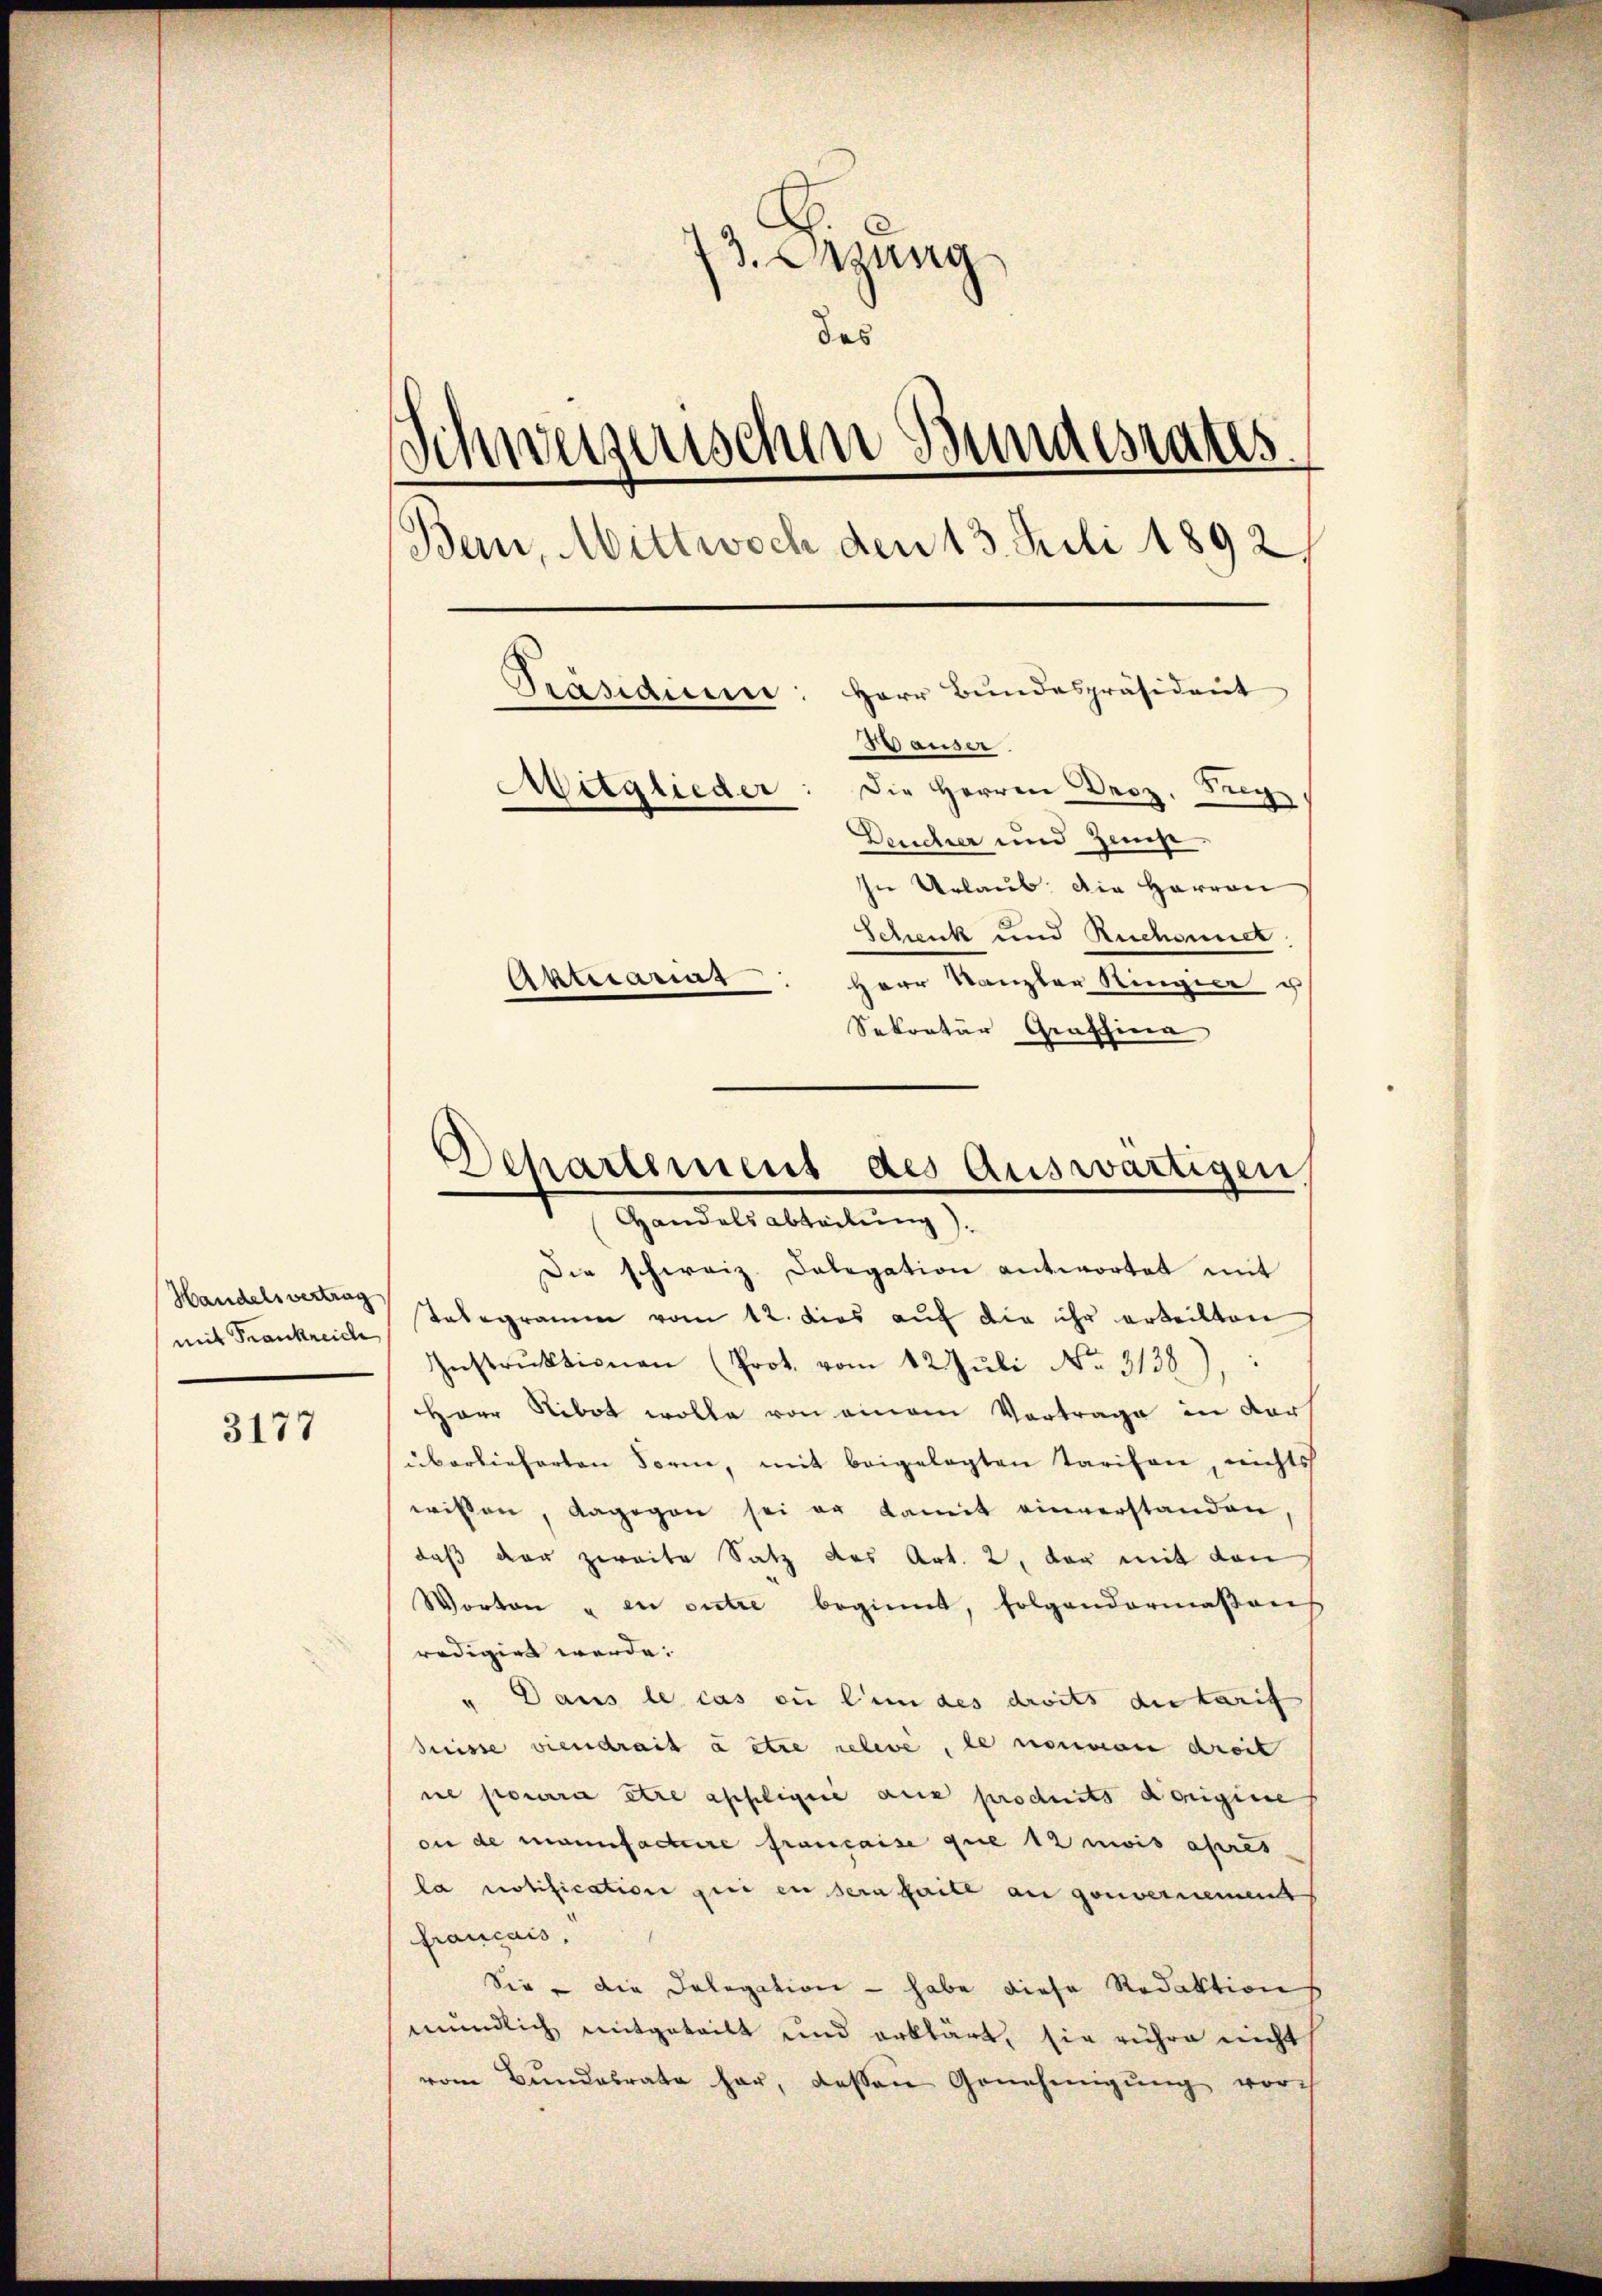
mit Frankreich

3177

73. ung
das
Schweizerischen Bundesrates
Ban, Mittwoch den 13. Juli 1892.
Herr Bundespräsident
Präsidium
Hauser.
Mitglieder: Die Herren Droz, Sug,
Deucher und Zeug
In Urlaub. Die Herren
Schenk und Ruchennet
Aktuariat
Herr Kanzler Ringier u

Sekretär Graffina
Departement des Auswärtigen

Handelsabteilung).
Die schweiz. Delegation antwortet mit

Handelsvertrag stelegramm vom 12. dies auf die ihr erteilten
Instrŭktionen (Prot. vom 12. Jŭli No. 3138),
Herr Nibot wolle von einem Vortrage in ders
überlieferten Form, mit beigelegten Tarifen, nichts
wissen, dagegen sei er damit einverstanden
daß der zweite Satz des Art. 2, der mit den
Worten u en outre beginnt, folgendermaßen
redigert werde.
.
Dans le cas ou l’un des droits die Tarif
Suisse viendrait à être releve, le nommen dreit
ne pourra être appliquie aus produits dorigine
on de manufactire française que 12 mois apres
la notification qui en sein faite an gouvernement
francais.
Sie die Delegation - habe diese Redaktion
mündlich mitgeteilt und erklärt, sie rühre nicht
vom Bundesrate her, dessen Genehmigŭng vorh